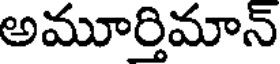
అమూర్తిమాన్